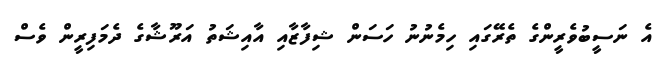
އެ ނަސީބުވެރީންގެ ތެރޭގައި ހިމެނުނު ހަސަން ޝިފާޒާއި އާއިޝަތު އަރޫޝާގެ ދެމަފިރީން ވެސް